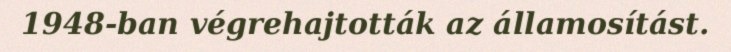
1948-ban végrehajtották az államosítást.